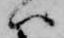
ハ